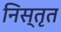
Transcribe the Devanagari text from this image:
निस्तृत